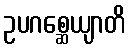
ဥပဂစ္ဆေယျာတိ